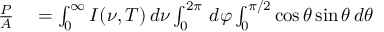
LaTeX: \begin{array} { r l } { { \frac { P } { A } } } & { { } = \int _ { 0 } ^ { \infty } I ( \nu , T ) \, d \nu \int _ { 0 } ^ { 2 \pi } \, d \varphi \int _ { 0 } ^ { \pi / 2 } \cos \theta \sin \theta \, d \theta } \end{array}